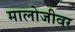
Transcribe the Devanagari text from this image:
मालोजीवर